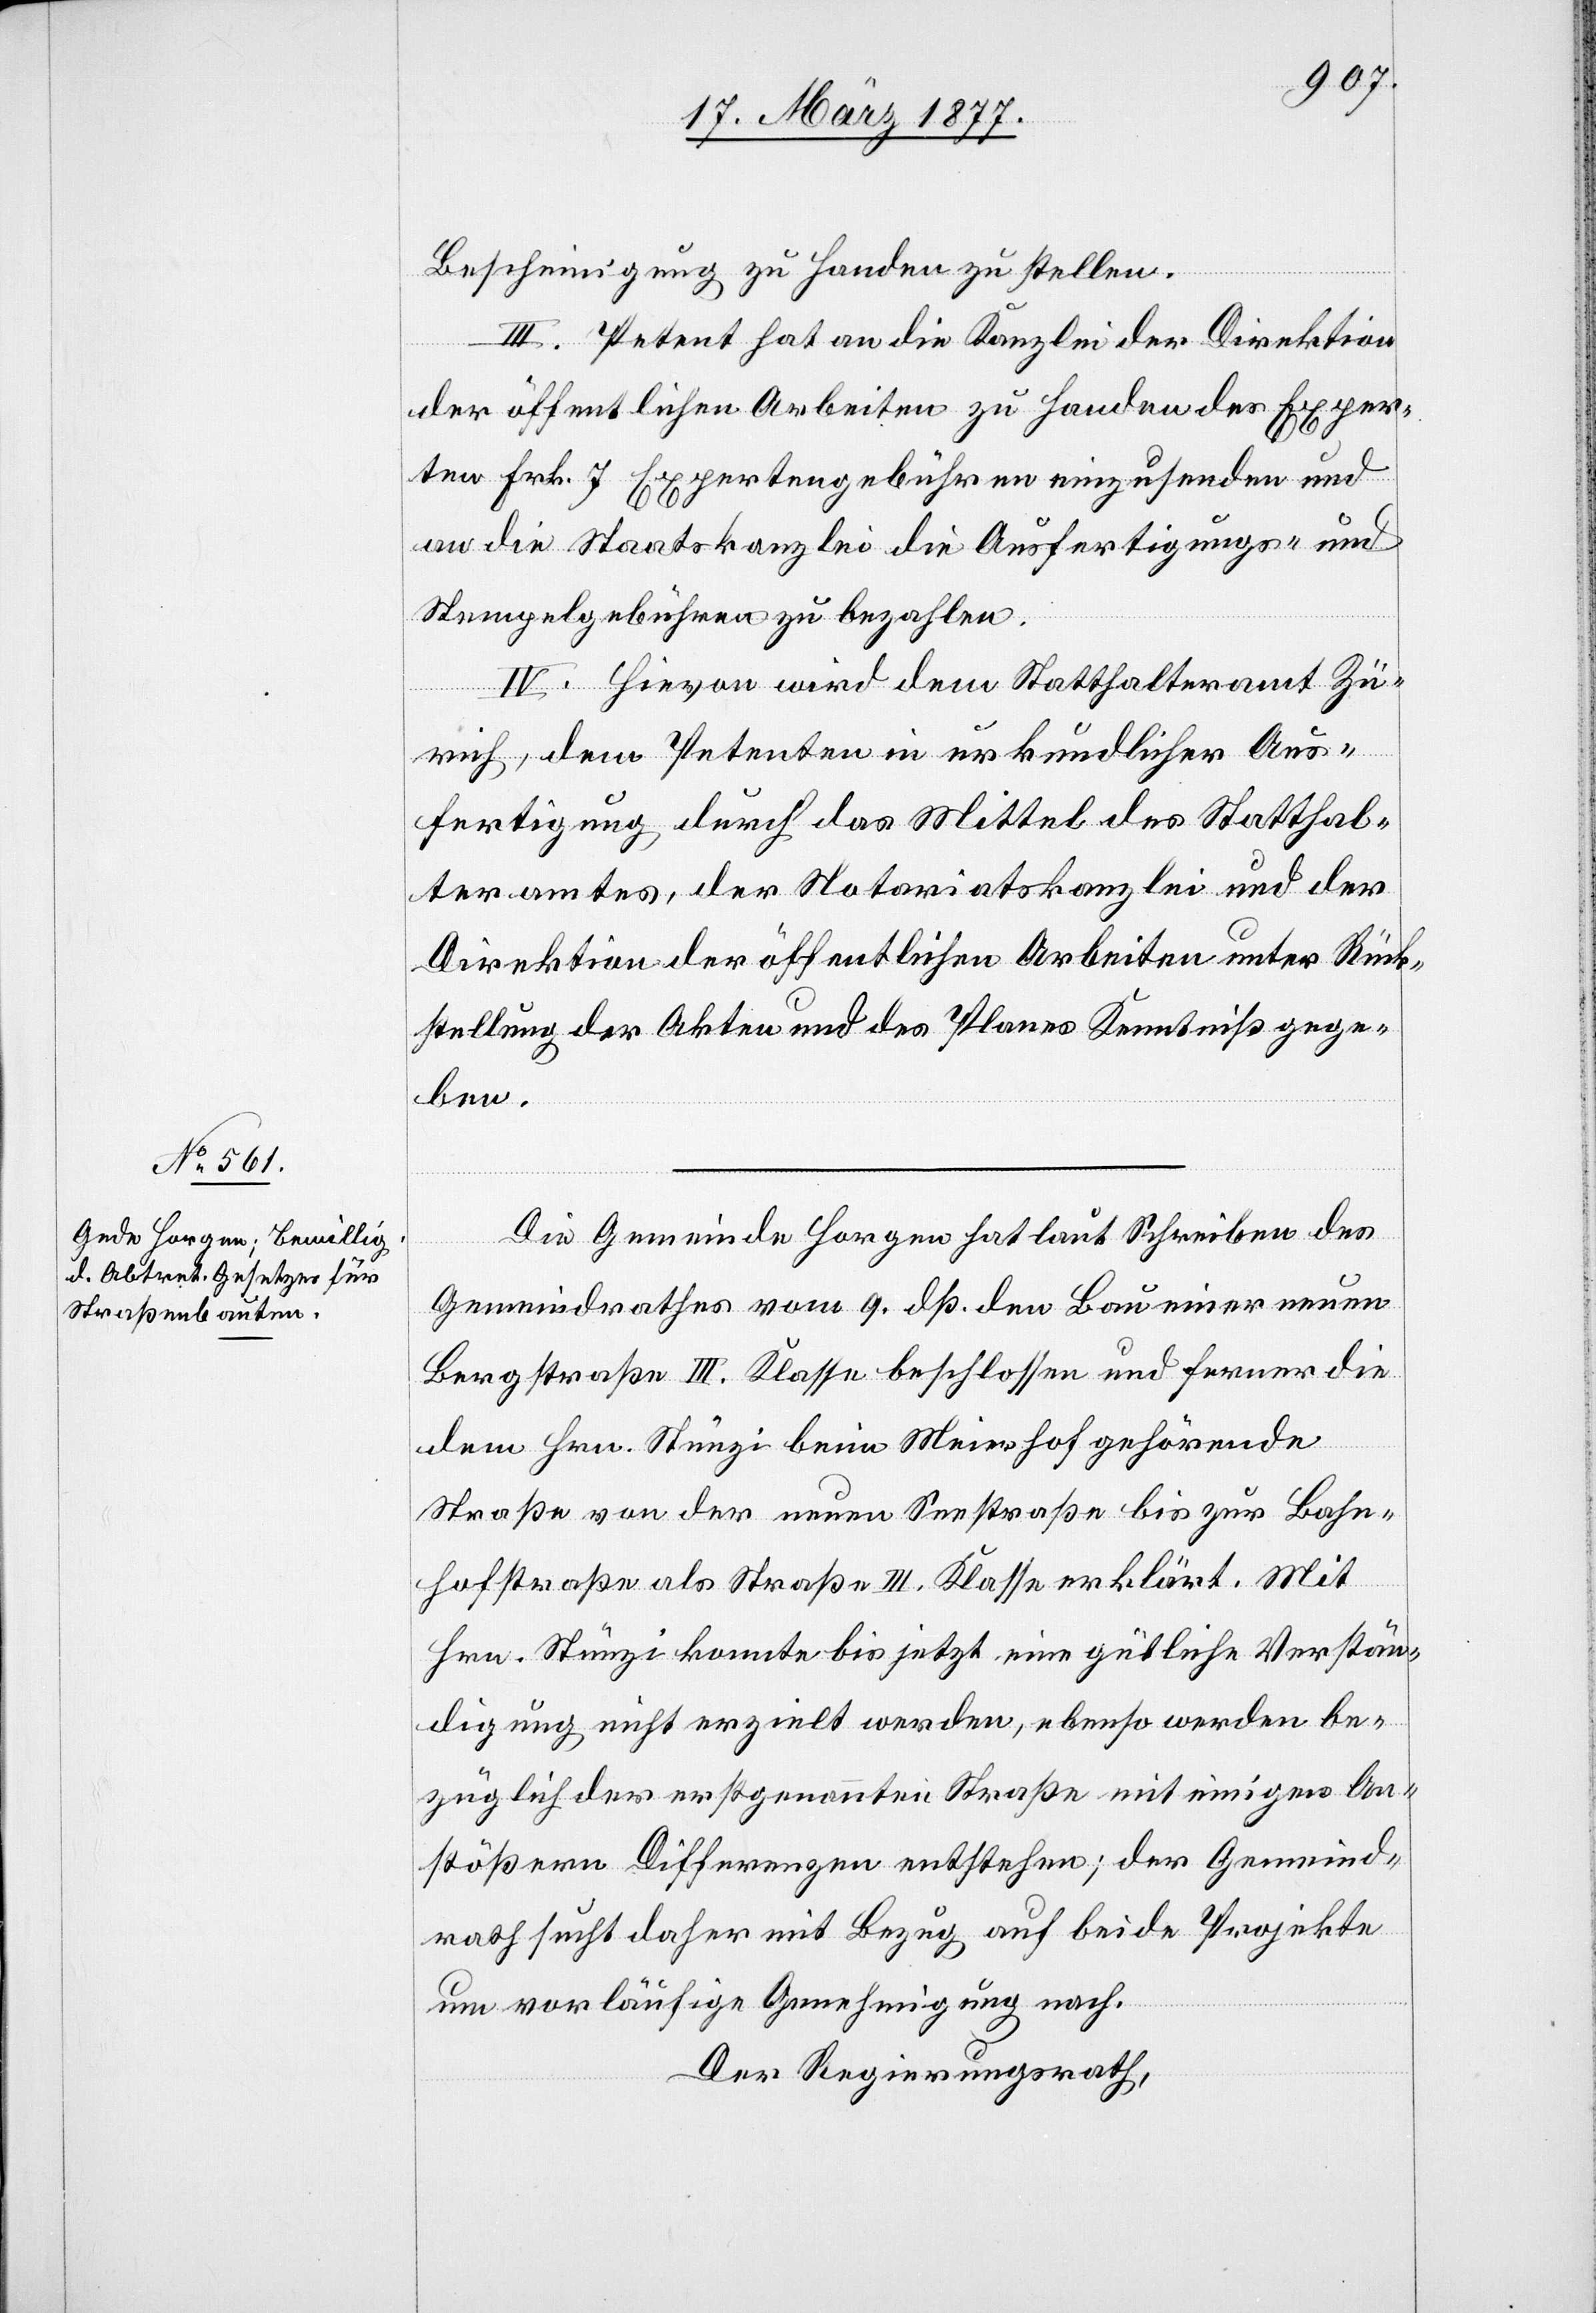
Bescheinigung zu Handen zu stellen.
III. Petent hat an die Kanzlei der Direktion
der öffentlichen Arbeiten zu Handen des Exper¬
ten Frk. 7 Expertengebühren einzusenden und
an die Staatskanzlei die Ausfertigungs- und
Stempelgebühren zu bezahlen.
IV. Hievon wird dem Statthalteramt Zü¬
rich, dem Petenten in urkundlicher Aus¬
fertigung durch das Mittel des Statthal¬
teramtes, der Notariatskanzlei und der
Direktion der öffentlichen Arbeiten unter Rück¬
stellung der Akten und des Planes Kenntniß gege¬
ben.
Die Gemeinde Horgen hat laut Schreiben des
Gemeindrathes vom 9. dß. den Bau einer neuen
Bergstraße III. Klasse beschlossen und ferner die
dem Hrn. Stünzi beim Meierhof gehörende
Straße von der neuen Seestraße bis zur Bahn¬
hofstraße als Straße III. Klasse erklärt. Mit
Hrn. Stünzi konnte bis jetzt eine gütliche Verstän¬
digung nicht erzielt werden, ebenso werden be¬
züglich der erstgenannten Straße mit einigen An¬
stößern Differenzen entstehen; der Gemeind¬
rath sucht daher mit Bezug auf beide Projekte
um vorläufige Genehmigung nach.
Der Regierungsrath,